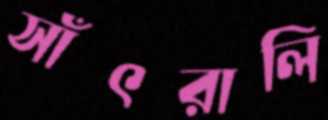
সাঁৎরালি